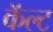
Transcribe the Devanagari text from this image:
कॅल्ट